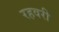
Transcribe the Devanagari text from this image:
रहवरी